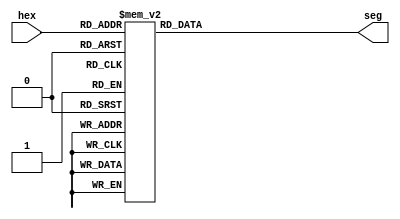
`timescale 1ns / 1ns

module seven_segment(seg, hex);
 
output reg [6:0] seg;   
input [3:0] hex;
   
// 7-segment encoding
//      0
//     ---
//  5 |   | 1
//     --- <--6
//  4 |   | 2
//     ---
//      3

always @(hex)
  case (hex)
      4'b0001 : seg = 7'b1111001;   // 1
      4'b0010 : seg = 7'b0100100;   // 2
      4'b0011 : seg = 7'b0110000;   // 3
      4'b0100 : seg = 7'b0011001;   // 4
      4'b0101 : seg = 7'b0010010;   // 5
      4'b0110 : seg = 7'b0000010;   // 6
      4'b0111 : seg = 7'b1111000;   // 7
      4'b1000 : seg = 7'b0000000;   // 8
      4'b1001 : seg = 7'b0010000;   // 9
      4'b1010 : seg = 7'b0001000;   // A
      4'b1011 : seg = 7'b0000011;   // b
      4'b1100 : seg = 7'b1000110;   // C
      4'b1101 : seg = 7'b0100001;   // d
      4'b1110 : seg = 7'b0000110;   // E
      4'b1111 : seg = 7'b0001110;   // F
      default : seg = 7'b1000000;   // 0
  endcase
 
endmodule